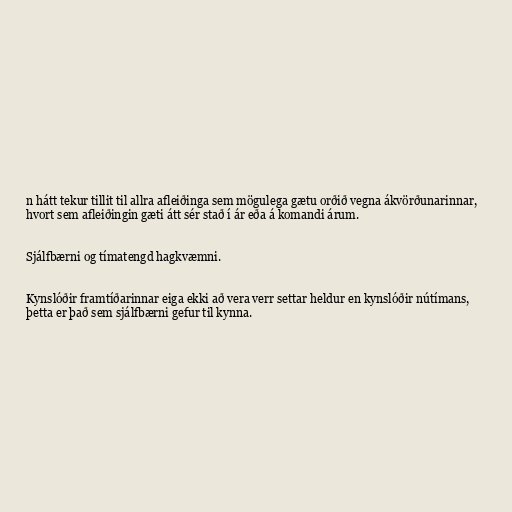
n hátt tekur tillit til allra afleiðinga sem mögulega gætu orðið vegna ákvörðunarinnar,
hvort sem afleiðingin gæti átt sér stað í ár eða á komandi árum.

Sjálfbærni og tímatengd hagkvæmni.

Kynslóðir framtíðarinnar eiga ekki að vera verr settar heldur en kynslóðir nútímans,
þetta er það sem sjálfbærni gefur til kynna.